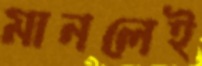
মানলেই